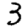
Digit: 3